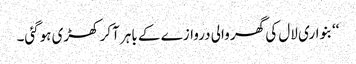
‘‘بنواری لال کی گھر والی دروازے کے باہر آکر کھڑی ہوگئی۔